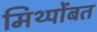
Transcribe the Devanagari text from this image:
मिथ्पोंबत